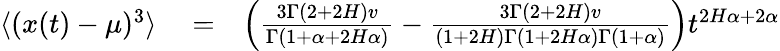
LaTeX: \begin{array}{rlr}{\langle(x(t)-\mu)^{3}\rangle}&{{}=}&{\left(\frac{3\Gamma(2+2H)v}{\Gamma(1+\alpha+2H\alpha)}-\frac{3\Gamma(2+2H)v}{(1+2H)\Gamma(1+2H\alpha)\Gamma(1+\alpha)}\right)t^{2H\alpha+2\alpha}}\end{array}